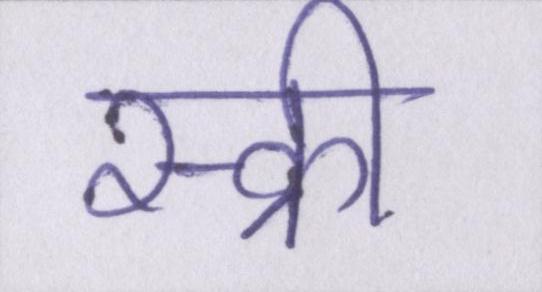
स्क्री